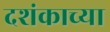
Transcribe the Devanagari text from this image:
दशंकाच्या